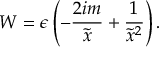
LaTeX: W = \epsilon \left( - \frac { 2 i m } { \tilde { x } } + \frac { 1 } { \tilde { x } ^ { 2 } } \right) .